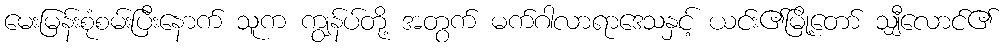
မေးမြန်းစုံစမ်းပြီးနောက် သူက ကျွန်ပ်တို့ အတွက် မက်ဂါလာရာဒေသနှင့် ယင်း၏မြို့တော် သျှီလောင်၏